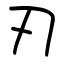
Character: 刃